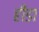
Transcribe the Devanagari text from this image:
हीडा